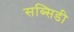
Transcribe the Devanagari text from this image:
सब्‍सिडी